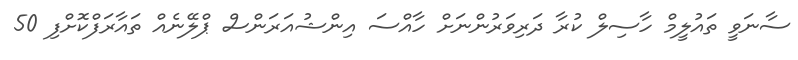
ސާނަވީ ތައުލީމް ހާސިލް ކުރާ ދަރިވަރުންނަށް ހާއްސަ އިންޝުއަރަންސް ޕްލޭނެއް ތައާރަފްކޮށްފި 50